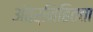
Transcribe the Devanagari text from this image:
अंतर्निहितता